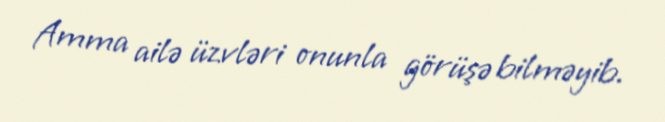
Amma ailə üzvləri onunla görüşə bilməyib.